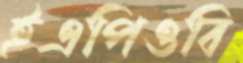
ইএপিওবি